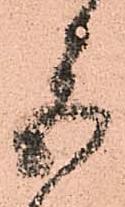
巨